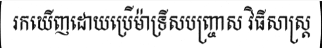
រកឃើញដោយប្រើម៉ាទ្រីសបញ្ច្រាស វិធីសាស្ត្រ